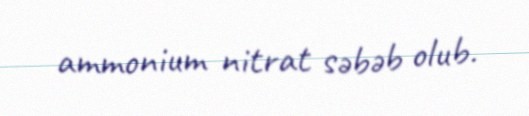
ammonium nitrat səbəb olub.